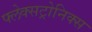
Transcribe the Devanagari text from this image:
फ्लेक्सट्रोनिक्स